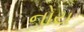
નોય